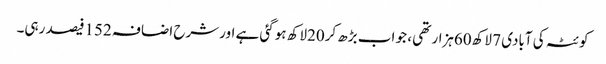
کوئٹہ کی آبادی 7 لاکھ60ہزار تھی ، جو اب بڑھ کر20لاکھ ہوگئی ہے اورشرح اضافہ 152فیصد رہی۔